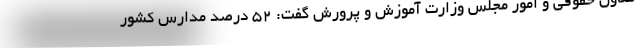
معاون حقوقی و امور مجلس وزارت آموزش و پرورش گفت: ۵۲ درصد مدارس کشور